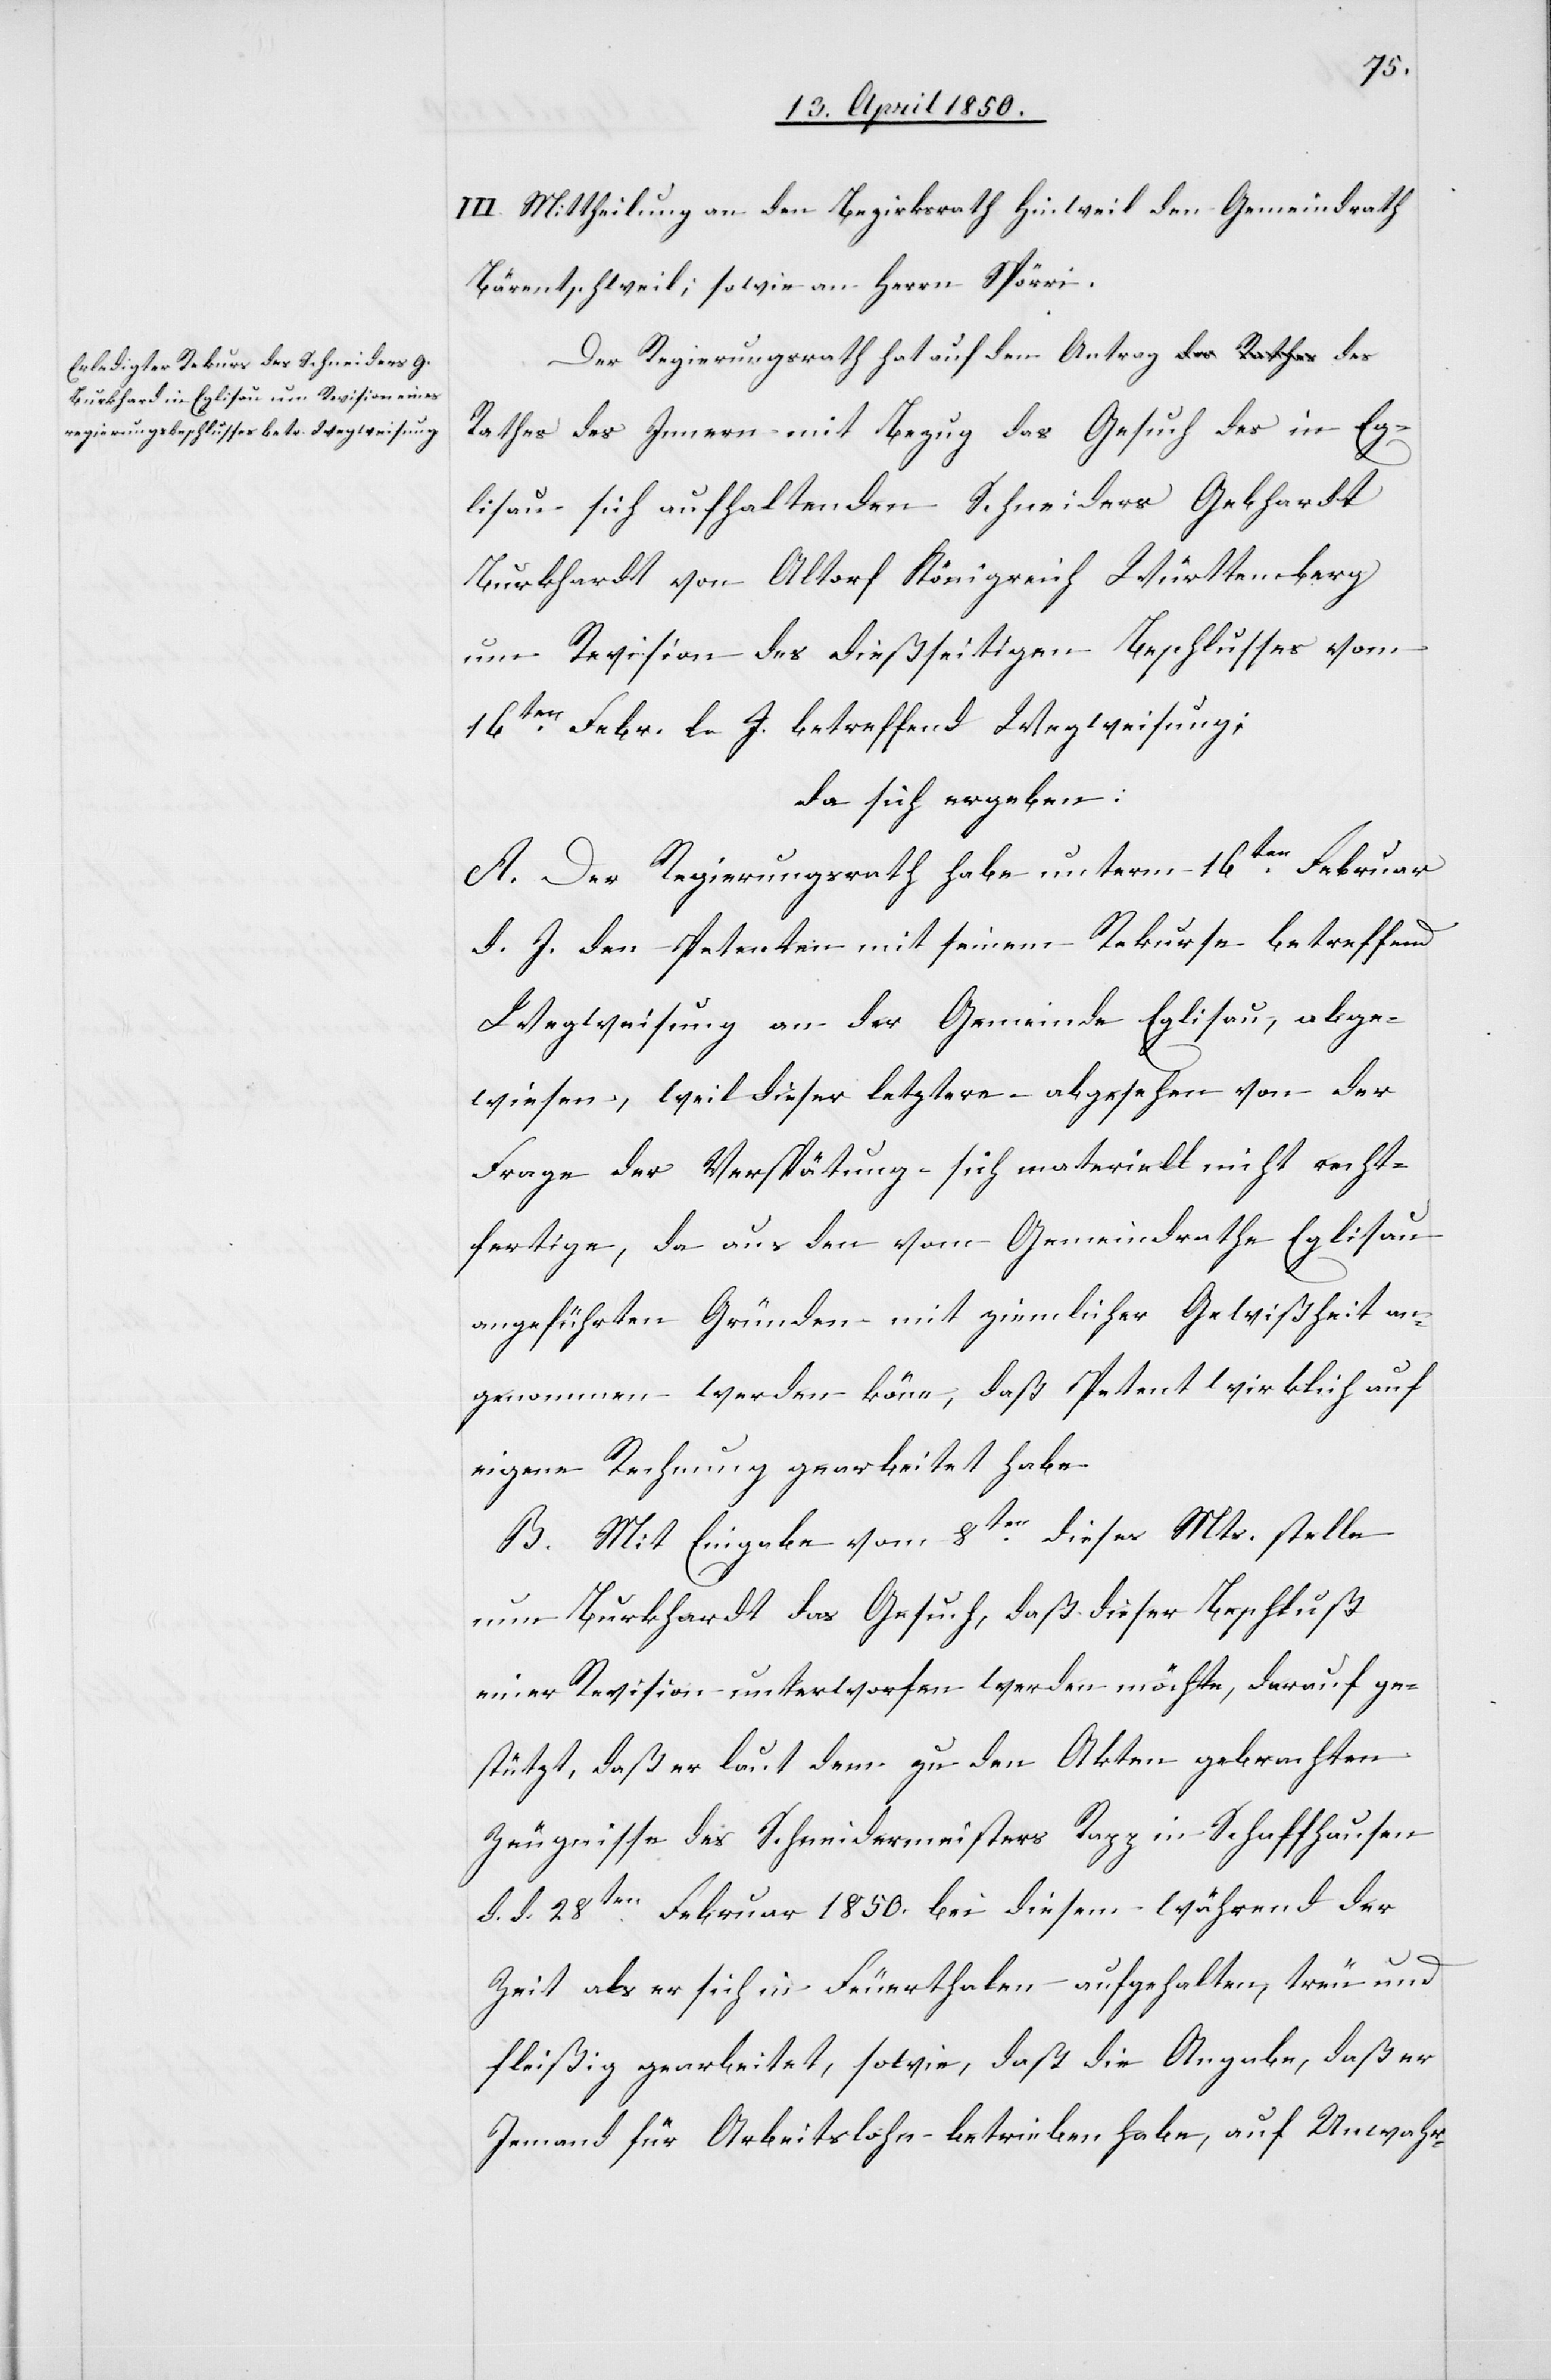
abge¬
III. Mittheilung an den Bezirksrath Hinweil[,] den Gemeindrath
Bärentschweil; sowie an Herrn Spörri.
Der Regierungsrath hat auf den Antrag des Rathes des
Eglisau sich aufhaltenden Schneiders Gebhardt
Burkhardt [sic!] von Altorf Königreich Württemberg
um Revision des dießseitigen Beschlusses vom
16ten Febr. l. J. betreffend Wegweisung;
da sich ergeben:
A. Der Regierungsrath habe unterm 16ten Februar
d. J. den Petenten mit seinem Rekurse betreffend
wiesen, weil dieser letztere – abgesehen von der
Frage der Verspätung – sich materiell nicht recht¬
fertige, da aus den vom Gemeindrathe Eglisau
angeführten Gründen mit ziemlicher Gewißheit an¬
genommen werden könne, daß Petent wirklich auf
eigene Rechnung gearbeitet habe.
B. Mit Eingabe vom 8ten dieses Mts. stelle
nun Burkhardt das Gesuch, daß dieser Beschluß
einer Revision unterworfen werden möchte, darauf ge¬
stützt, daß er laut dem zu den Akten gebrachten
Zeugnisse des Schneidermeisters Rapp in Schaffhausen
d. d. 28ten Februar 1850. bei diesem während der
Zeit als er sich in Feuerthalen aufgehalten, treu und
fleißig gearbeitet, sowie, daß die Angabe, daß er
Jemand für Arbeitslohn betrieben habe, auf Unwahr-